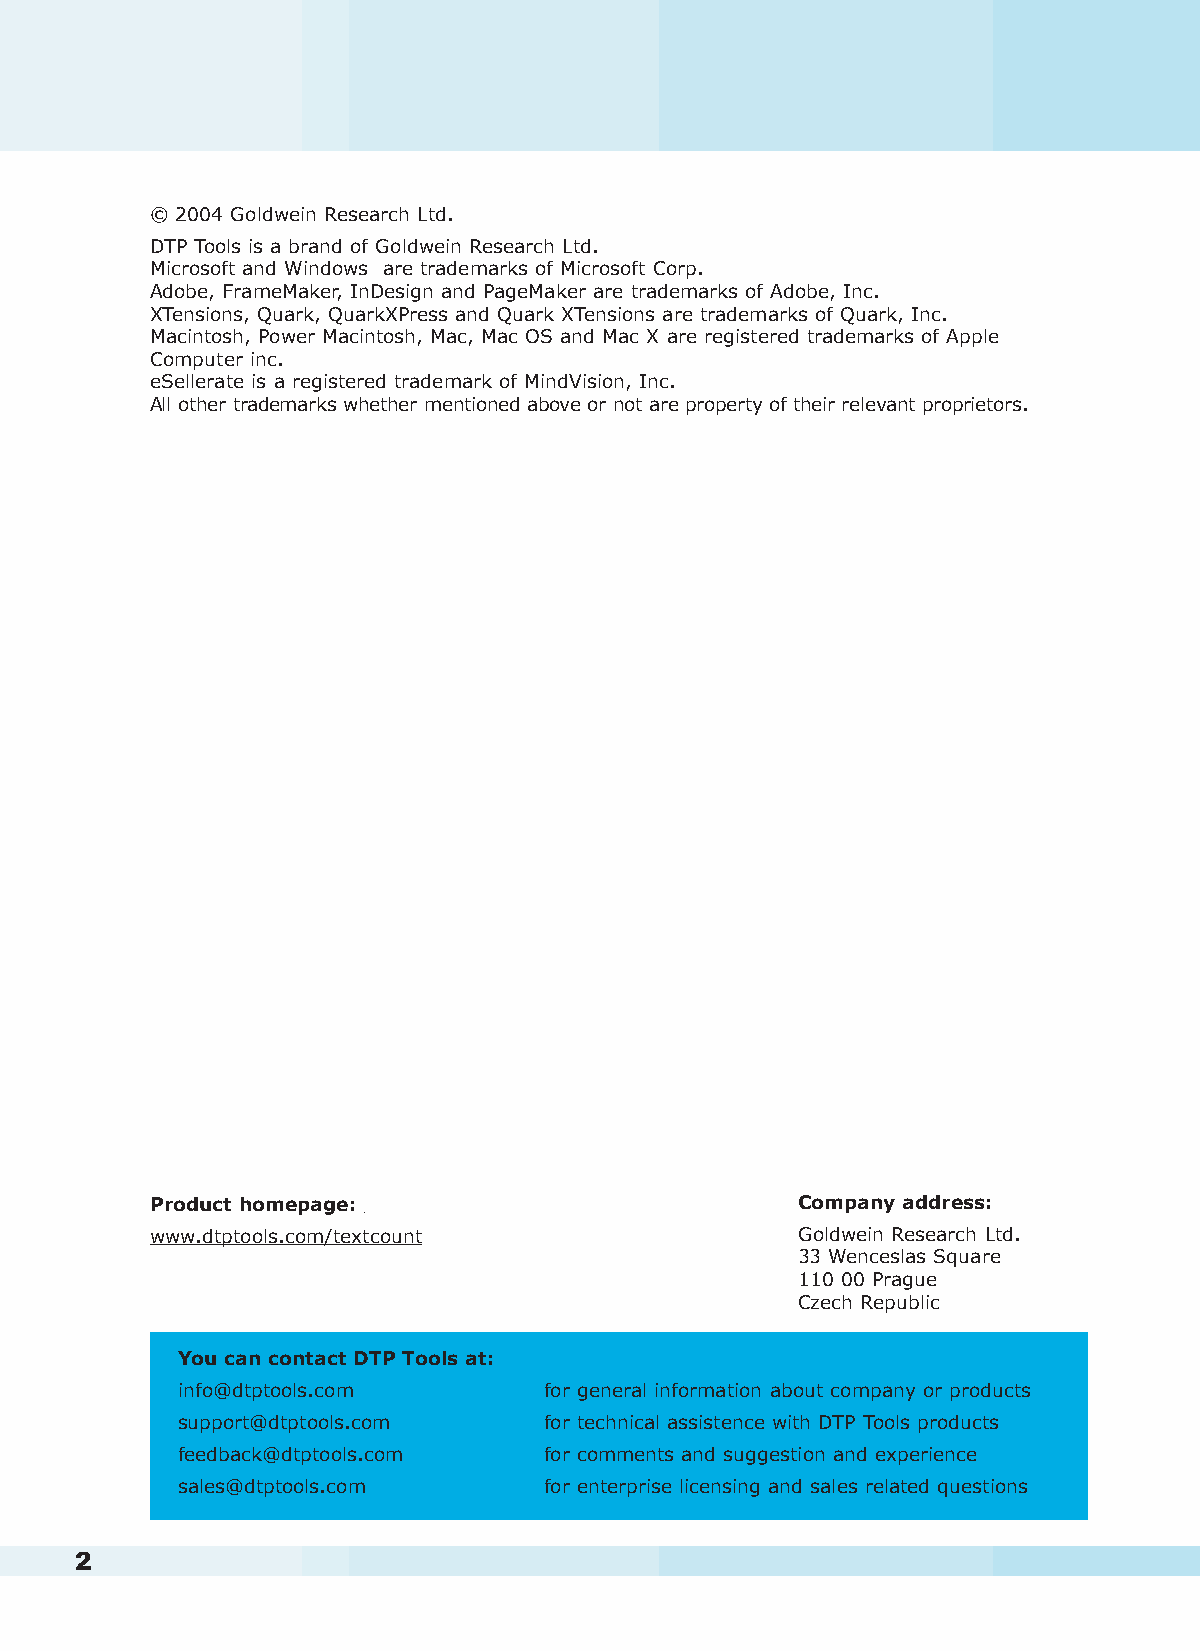
Contents
 © 2004 Goldwein Research Ltd.
 DTP Tools is a brand of Goldwein Research Ltd.
 Microsoft and Windows are trademarks of Microsoft Corp.
 Adobe, FrameMaker, InDesign and PageMaker are trademarks of Adobe, Inc.
 XTensions, Quark, QuarkXPress and Quark XTensions are trademarks of Quark, Inc.
 Macintosh, Power Macintosh, Mac, Mac OS and Mac X are registered trademarks of Apple
 Computer inc.
 eSellerate is a registered trademark of MindVision, Inc.
 All other trademarks whether mentioned above or not are property of their relevant proprietors.
 Product homepage:                          Company address:
 www.dtptools.com/textcount                 Goldwein Research Ltd.
 33 Wenceslas Square
 110 00 Prague
 Czech Republic
 You can contact DTP Tools at:
 info@dtptools.com       for general information about company or products
 support@dtptools.com    for technical assistence with DTP Tools products
 feedback@dtptools.com   for comments and suggestion and experience
 sales@dtptools.com      for enterprise licensing and sales related questions
 2                                                                                                                                                   3